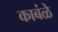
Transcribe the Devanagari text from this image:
काबंळे